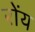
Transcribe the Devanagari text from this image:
रोंय